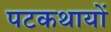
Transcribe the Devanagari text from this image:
पटकथायों